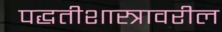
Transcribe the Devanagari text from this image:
पद्धतीशास्त्रावरील